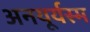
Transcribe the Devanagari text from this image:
अनयूर्यस्म